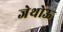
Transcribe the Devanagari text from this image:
जेथोऊ